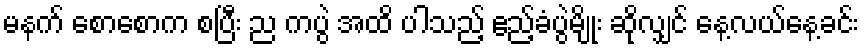
မနက် စောစောက စပြီး ည ကပွဲ အထိ ပါသည့် ဧည့်ခံပွဲမျိုး ဆိုလျှင် နေ့လယ်နေ့ခင်း